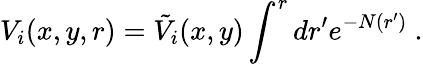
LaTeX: V_{i}(x,y,r)=\tilde{V}_{i}(x,y)\int^{r}dr^{\prime}e^{-N(r^{\prime})}~.